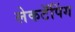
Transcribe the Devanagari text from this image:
लेकटॅपिंग